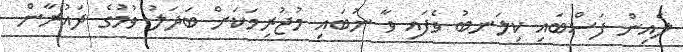
ލެއިން ފަސްބައި ކިލަނބު ވެފައި ވާ ނުބައި މުޖުރިމަކަށް ބަދަލު ވުމުގެ ދައުރާން